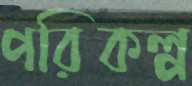
পরিকল্প